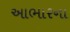
આભારના